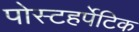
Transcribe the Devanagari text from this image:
पोस्टहर्पेटिक